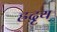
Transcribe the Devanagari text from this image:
ह्रदृय